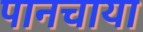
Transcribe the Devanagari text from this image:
पानचाया